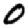
Digit: 0